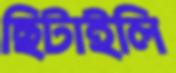
ছিটাইলি